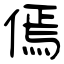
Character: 傿